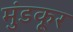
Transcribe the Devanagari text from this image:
मुंडकूर